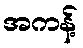
အကန့်